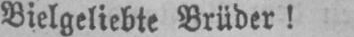
Bielgeliebte Brüder!